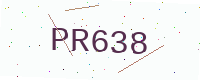
Text: PR638